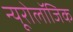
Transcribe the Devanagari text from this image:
न्यूरोलॉजिक